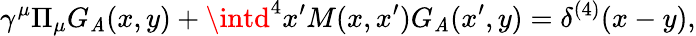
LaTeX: \gamma^{\mu}\Pi_{\mu}G_{\mathit{A}}(x,y)+\intd^{4}x^{\prime}M(x,x^{\prime})G_{\mathit{A}}(x^{\prime},y)=\delta^{(4)}(x-y),